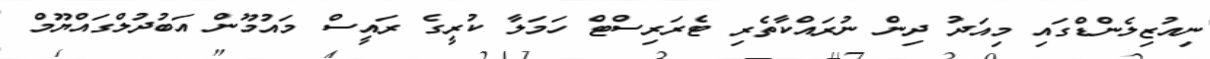
ނިއުޒިލެންޑްގައި މިއަދު ދިން ނުރައްކާތެރި ޓެރަރިސްޓް ހަމަލާ ކުރީގެ ރައީސް މައުމޫން އަބުދުލްގައްޔޫމް